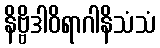
နိဗ္ဗိဒါဝိရာဂါနိသံသံ